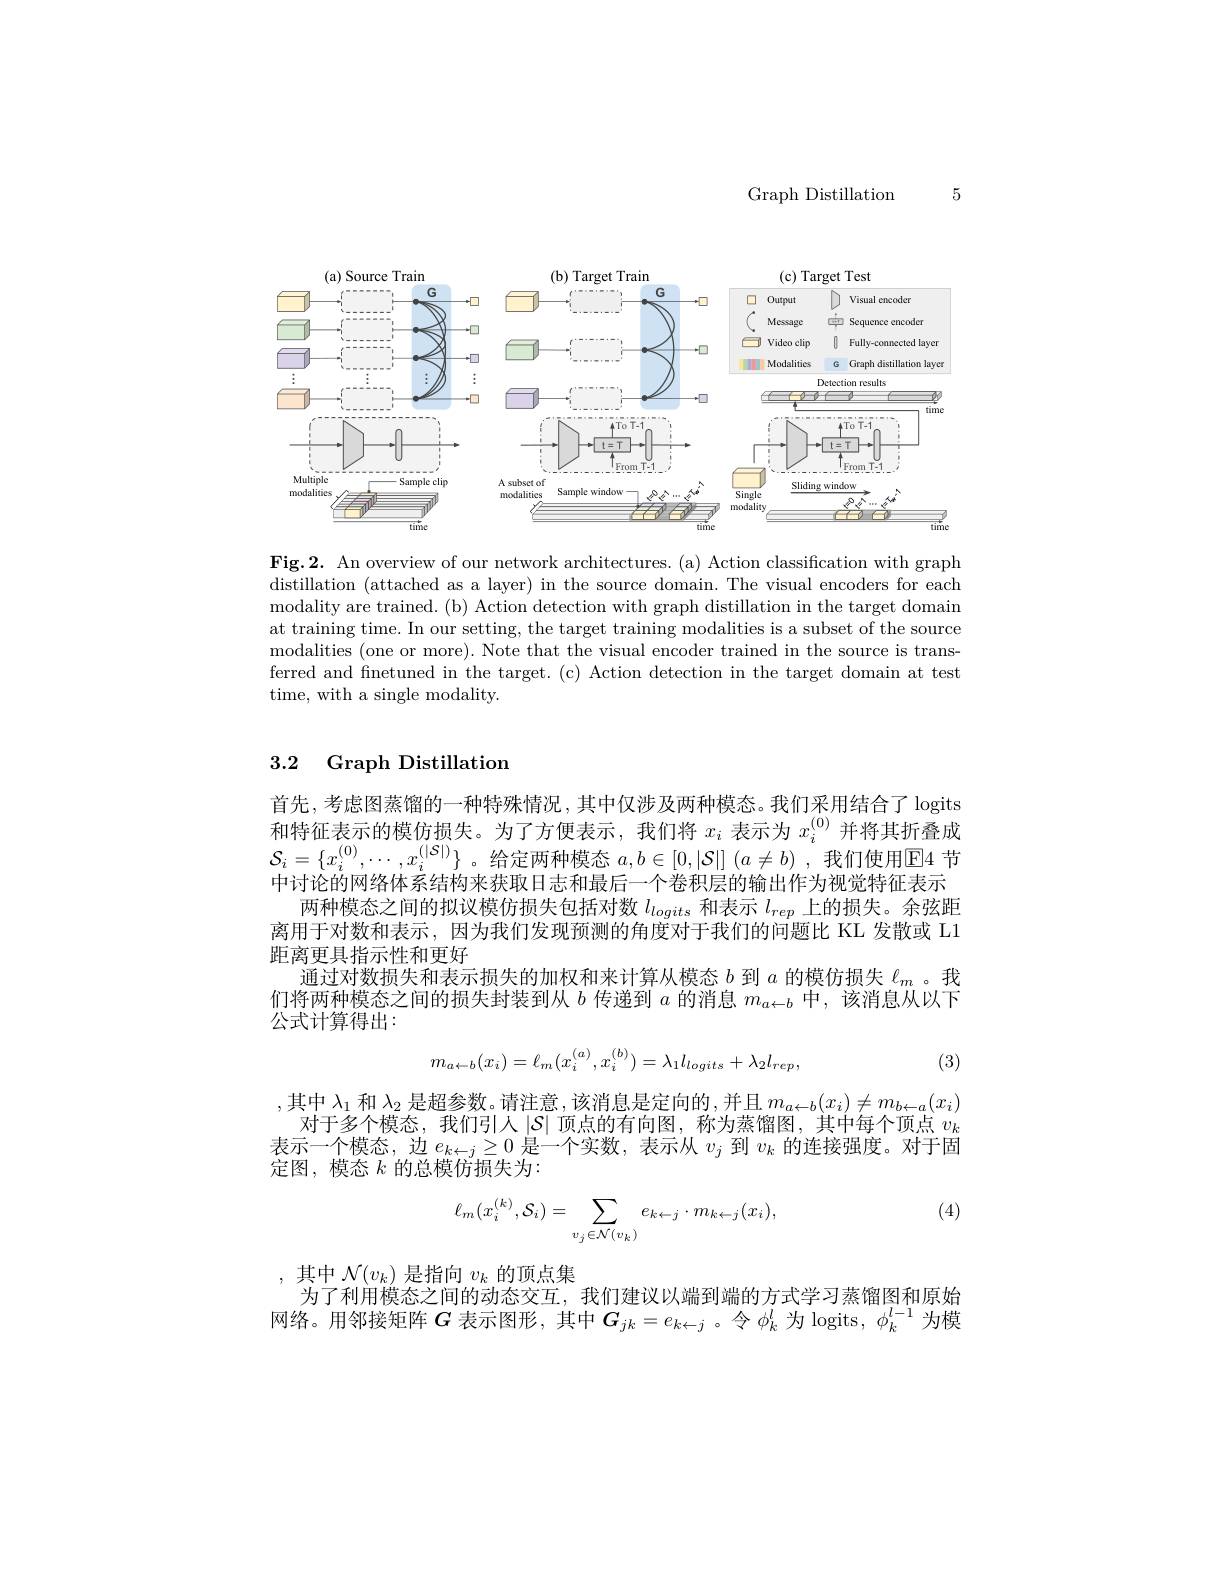
5

Graph Distillation

<FigureHere>

Fig.2. An overview of our network architectures. (a) Action classification with graph distillation (attached as a layer) in the source domain. The visual encoders for each modality are trained. (b) Action detection with graph distillation in the target domain at training time. In our setting, the target training modalities is a subset of the source modalities (one or more). Note that the visual encoder trained in the source is transferred and finetuned in the target.(c) Action detection in the target domain at test time, with a single modality.

## 3.2 Graph Distillation

首先，考虑图蒸馏的一种特殊情况，其中仅涉及两种模态。我们采用结合了 logits 和特征表示的模仿损失。为了方便表示，我们将$x_i$表示为$x_i^{(0)}$并将其折叠成$\mathcal{S}_i=\{x_i^{(0)},\cdots,x_i^{(|\mathcal{S}|)}\}$。给定两种模态 $a,b\in[0,|\mathcal{S}|]\left(a\neq b\right)$, 我们使用$\mathbb{E}$4 节中讨论的网络体系结构来获取日志和最后一个卷积层的输出作为视觉特征表示
两种模态之间的拟议模仿损失包括对数$l_{logits}$和表示$l_{rep}$上的损失。余弦距离用于对数和表示，因为我们发现预测的角度对于我们的问题比 KL 发散或 L1距离更具指示性和更好
通过对数损失和表示损失的加权和来计算从模态$b$到$a$的模仿损失$\ell_m$ 。我们将两种模态之间的损失封装到从$b$传递到$a$的消息$m_a\leftarrow b$中，该消息从以下公式计算得出：
$$m_{a\leftarrow b}(x_{i})=\ell_{m}(x_{i}^{(a)},x_{i}^{(b)})=\lambda_{1}l_{logits}+\lambda_{2}l_{rep},$$
(3)

,其中 $\lambda_1$ 和 $\lambda_2$ 是超参数。请注意，该消息是定向的，并且 $m_a\leftarrow b(x_i)\neq m_b\leftarrow a(x_i)$
对于多个模态，我们引人$\left|S\right|$顶点的有向图，称为蒸馏图，其中每个顶点 $v_k$ 表示一个模态，边$e_{k\leftarrow j}\geq0$是一个实数，表示从$v_j$到$v_k$的连接强度。对于固定图，模态$k$的总模仿损失为：

(4)
$$\ell_m(x_i^{(k)},\mathcal{S}_i)=\sum_{v_j\in\mathcal{N}(v_k)}e_{k\leftarrow j}\cdot m_{k\leftarrow j}(x_i),$$
,其中$\mathcal{N}(v_k)$是指向$v_k$的顶点集
为了利用模态之间的动态交互，我们建议以端到端的方式学习蒸馏图和原始网络。用邻接矩阵$G$表示图形，其中$G_{jk}=e_{k\leftarrow j}$ 。令$\phi_k^l$为 logits, $\phi_k^{l-1}$为模